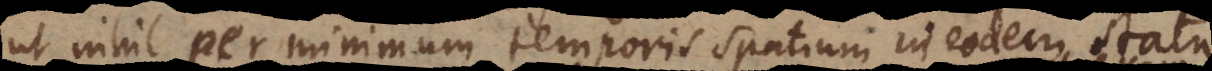
ut nihil per minimum temporis spatium in eodem statu